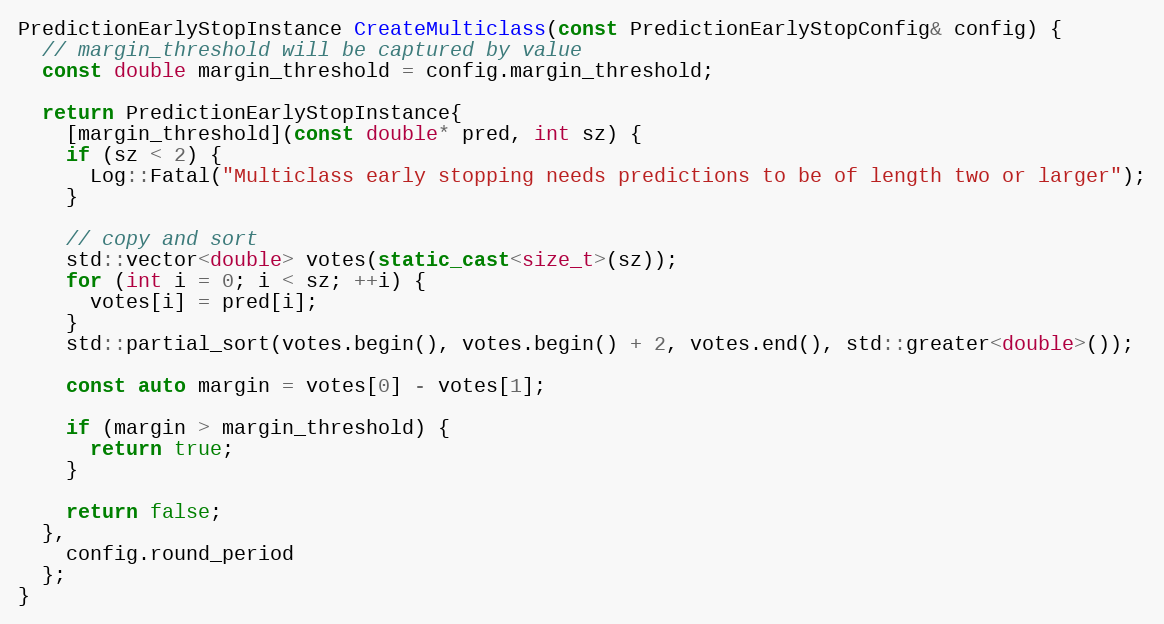
Language: C++
PredictionEarlyStopInstance CreateMulticlass(const PredictionEarlyStopConfig& config) {
  // margin_threshold will be captured by value
  const double margin_threshold = config.margin_threshold;

  return PredictionEarlyStopInstance{
    [margin_threshold](const double* pred, int sz) {
    if (sz < 2) {
      Log::Fatal("Multiclass early stopping needs predictions to be of length two or larger");
    }

    // copy and sort
    std::vector<double> votes(static_cast<size_t>(sz));
    for (int i = 0; i < sz; ++i) {
      votes[i] = pred[i];
    }
    std::partial_sort(votes.begin(), votes.begin() + 2, votes.end(), std::greater<double>());

    const auto margin = votes[0] - votes[1];

    if (margin > margin_threshold) {
      return true;
    }

    return false;
  },
    config.round_period
  };
}